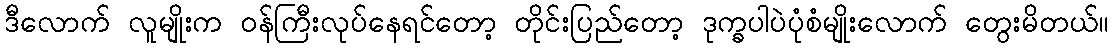
ဒီလောက် လူမျိုးက ဝန်ကြီးလုပ်နေရင်တော့ တိုင်းပြည်တော့ ဒုက္ခပါပဲပုံစံမျိုးလောက် တွေးမိတယ်။